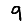
Digit: 9